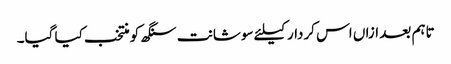
تاہم بعد ازاں اس کردار کیلئے سوشانت سنگھ کو منتخب کیا گیا۔